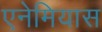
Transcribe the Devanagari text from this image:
एनेमियास